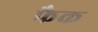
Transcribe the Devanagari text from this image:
फैक